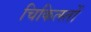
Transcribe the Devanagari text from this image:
चिकित्स्तों